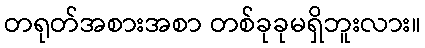
တရုတ်အစားအစာ တစ်ခုခုမရှိဘူးလား။